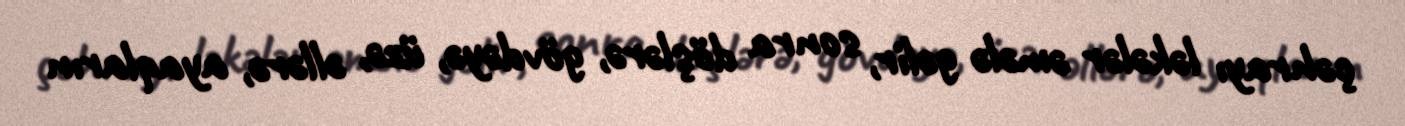
çəhrayı ləkələr əmələ gəlir, sonra döşlərə, gövdəyə, üzə, əllərə, ayaqların